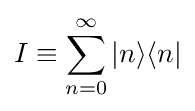
I\equiv \sum _{n=0}^{\infty }|n\rangle \langle n|